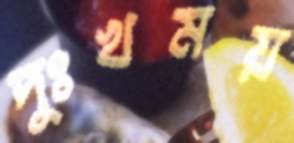
দুঃখময়